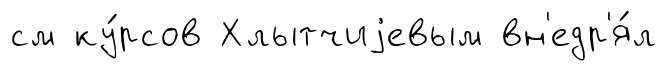
см ку́рсов Хлытчиjевым вн'едр'я́л